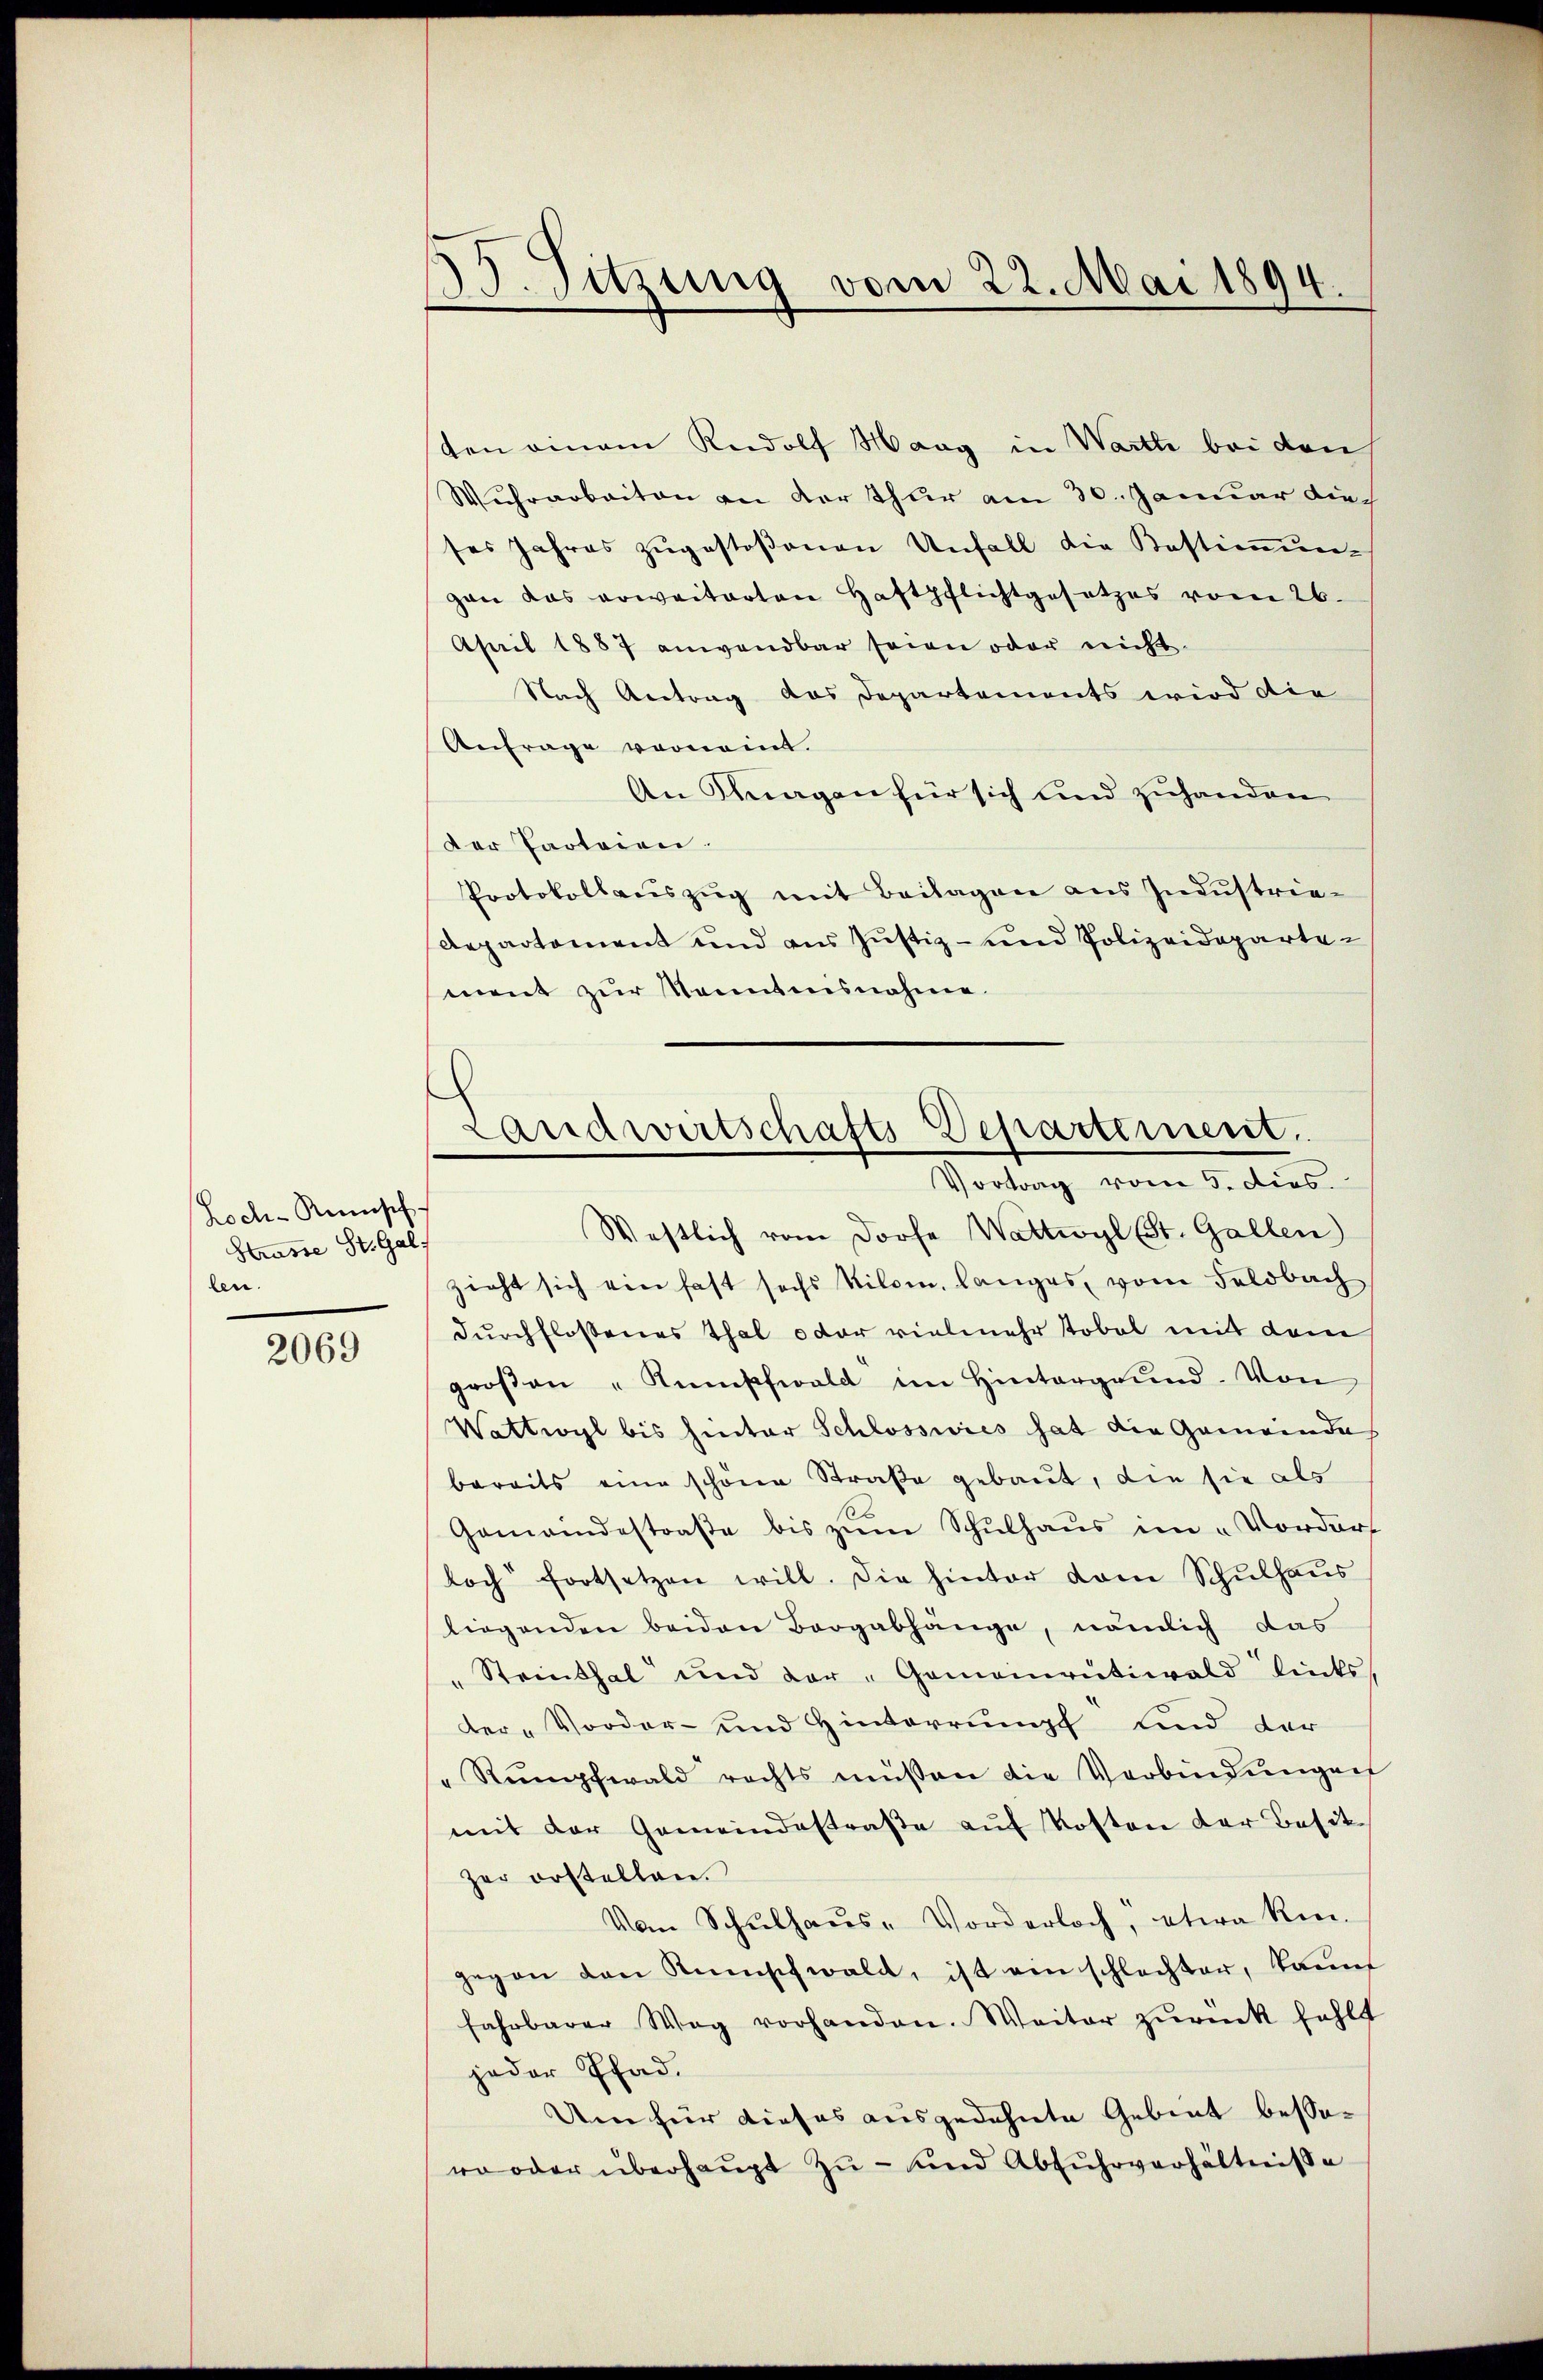
Loch-Rünsch
Strasse St. Gal
len.

2069

35. Sitzung vom 22. Mai 1894.
d

Landwirtschafts-Departement.
Vortrag vom 5. dies.
Westlich vom Dorfe Wattwyl (St. Gallen

ten einem Rudolf Haag in Warth bei den
Wuhrarbeiten an der Thur am 30. Januar die
ses Jahres zŭgestoßenen Unfall die Bestiṁŭn-
gan das erweiterten Haftpflichtgesetzes vom 26.
April 1887 anwendbar seien oder nicht
Nach Antrag das Departements wird die
Anfrage vornen.
An magen für sich und zuhanden
Der Parteien.
Protokollaŭszŭg mit Beilagen ans Indŭstrie-
Repartement und aus Justiz- und Polizeidepartement zur Kenntnisnahme.
zieht sich ein fast sechs Kilom, langes, vom Feldbach
durchflossenes Thal oder vielmehr Tobel mit dem
groβen "Kumschwald im Hintergrund. Von
Wattwyl bis hinter Schlosseres hat die Gemeinde
bereits eine schöne Straße gebaut, die sie als
.
Gemeindestraβe bis zŭm Schŭlhaŭs im „Vordarf
loch fortsetzen will. Die hinter dem Schŭlhaŭs
liegenden beiden Bergabhänge, nämlich das
Steinthal und dar-Gemeinrütiwald lücks,
der-Vorder- und Hinterrungs und der
"Rŭmpfwald rechts müssen die Verbindŭngen
mit der Gemeindestraße auf Kosten der Besit
zer erstellen.
Von Schŭlhaŭs-Vorderloch, etwa kingegen den Kunschwald, ist ein schlechter, kannt
fahrbarer Weg vorhanden. Weiter zŭrück fehlt
jeder Pfad.
Um für dieses ausgedehnte Gebiet bessero oder überhaŭpt zŭ - und Abfŭhrverhältnisse